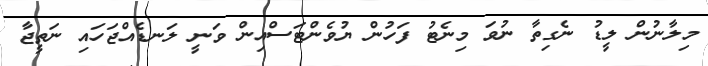
މިލާނުން ލީޑު ނެގިތާ ނުވަ މިނެޓު ފަހުން ޔުވެންޓަސްއިން ވަނީ ލަނޑެއްޖަހައި ނަތީޖާ